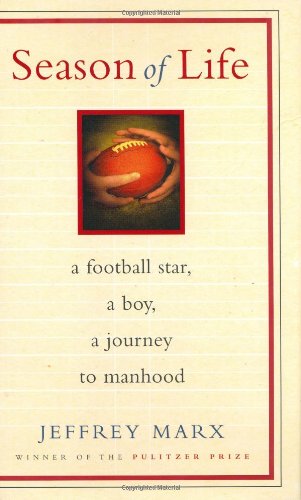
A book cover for Season of Life: A Football Star, a Boy, a Journey to Manhood; Jeffrey Marx; Biographies & Memoirs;